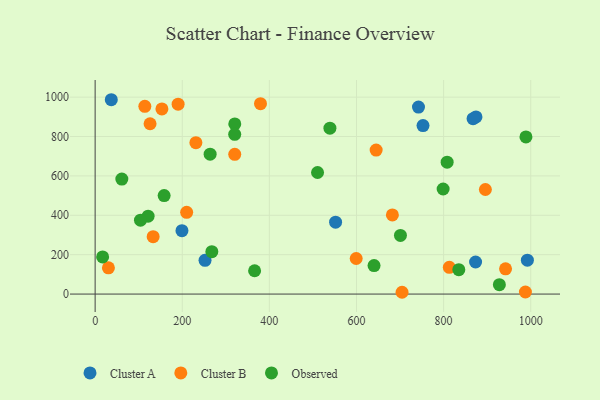
{"axis": {"x": "Distance", "y": "Exam Score"}, "legend": ["Cluster A", "Cluster B", "Observed"], "data": [{"x": "873.4", "y": 162.9, "type": "Cluster A"}, {"x": "742.3", "y": 949.4, "type": "Cluster A"}, {"x": "752.7", "y": 855.5, "type": "Cluster A"}, {"x": "199.3", "y": 321.8, "type": "Cluster A"}, {"x": "252.3", "y": 171.5, "type": "Cluster A"}, {"x": "874.3", "y": 899.7, "type": "Cluster A"}, {"x": "37.1", "y": 986.8, "type": "Cluster A"}, {"x": "992.3", "y": 172.3, "type": "Cluster A"}, {"x": "552.0", "y": 364.8, "type": "Cluster A"}, {"x": "867.6", "y": 890.5, "type": "Cluster A"}, {"x": "126.1", "y": 864.9, "type": "Cluster B"}, {"x": "942.2", "y": 128.0, "type": "Cluster B"}, {"x": "190.5", "y": 964.4, "type": "Cluster B"}, {"x": "153.3", "y": 939.9, "type": "Cluster B"}, {"x": "599.3", "y": 180.5, "type": "Cluster B"}, {"x": "379.6", "y": 966.7, "type": "Cluster B"}, {"x": "895.9", "y": 531.0, "type": "Cluster B"}, {"x": "210.1", "y": 415.1, "type": "Cluster B"}, {"x": "704.6", "y": 9.1, "type": "Cluster B"}, {"x": "682.4", "y": 402.0, "type": "Cluster B"}, {"x": "320.5", "y": 709.4, "type": "Cluster B"}, {"x": "231.3", "y": 768.5, "type": "Cluster B"}, {"x": "114.1", "y": 953.3, "type": "Cluster B"}, {"x": "30.5", "y": 133.1, "type": "Cluster B"}, {"x": "133.2", "y": 291.4, "type": "Cluster B"}, {"x": "645.1", "y": 731.2, "type": "Cluster B"}, {"x": "813.1", "y": 135.9, "type": "Cluster B"}, {"x": "987.8", "y": 10.4, "type": "Cluster B"}, {"x": "121.6", "y": 395.5, "type": "Observed"}, {"x": "366.1", "y": 118.3, "type": "Observed"}, {"x": "700.9", "y": 297.9, "type": "Observed"}, {"x": "539.0", "y": 842.5, "type": "Observed"}, {"x": "510.6", "y": 617.3, "type": "Observed"}, {"x": "320.6", "y": 863.7, "type": "Observed"}, {"x": "17.2", "y": 188.6, "type": "Observed"}, {"x": "834.9", "y": 123.7, "type": "Observed"}, {"x": "264.0", "y": 710.5, "type": "Observed"}, {"x": "267.9", "y": 215.2, "type": "Observed"}, {"x": "640.3", "y": 144.6, "type": "Observed"}, {"x": "928.0", "y": 47.5, "type": "Observed"}, {"x": "104.1", "y": 375.2, "type": "Observed"}, {"x": "61.3", "y": 583.8, "type": "Observed"}, {"x": "158.4", "y": 500.2, "type": "Observed"}, {"x": "320.4", "y": 811.3, "type": "Observed"}, {"x": "798.9", "y": 533.4, "type": "Observed"}, {"x": "989.0", "y": 798.1, "type": "Observed"}, {"x": "808.1", "y": 669.7, "type": "Observed"}]}